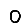
Digit: 0